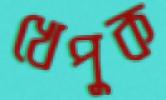
খেপুক